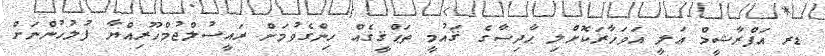
ޑރ އަފްރާޝީމް ޢަލީ އަވަހާރަކޮށްލި ޙާދިސާގެ ޤައުމީ ތަޙްޤީޤެއް ހިންގެވުމަށް ރައީސުލްޖުމްހޫރިއްޔާ ފުލުހުންނަށް